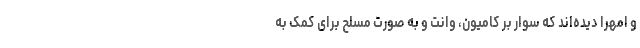
و امهرا دیده‌اند که سوار بر کامیون، وانت و به صورت مسلح برای کمک به